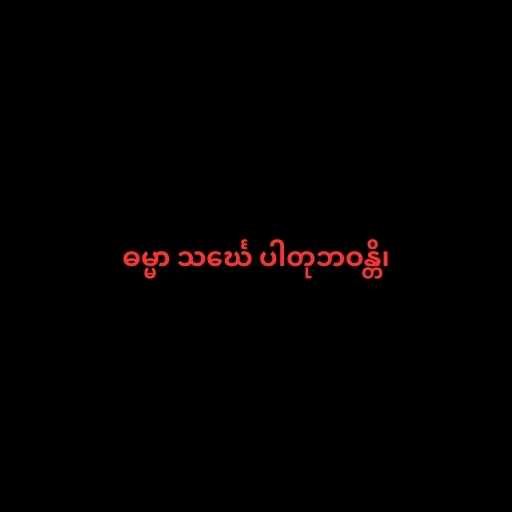
ဓမ္မာ သင်္ဃေ ပါတုဘဝန္တိ၊